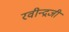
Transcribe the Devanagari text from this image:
रवीन्द्रजी